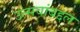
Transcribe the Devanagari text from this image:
उत्सवांबद्दल